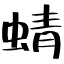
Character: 蜻